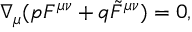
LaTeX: \nabla _ { \mu } ( p F ^ { \mu \nu } + q \tilde { F } ^ { \mu \nu } ) = 0 ,